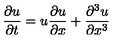
{ \frac { \partial u } { \partial t } } = u { \frac { \partial u } { \partial x } } + { \frac { \partial ^ { 3 } u } { \partial x ^ { 3 } } }